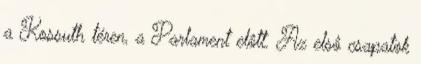
a Kossuth téren, a Parlament elôtt. Az elsô csapatok